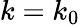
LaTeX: k=k_{0}